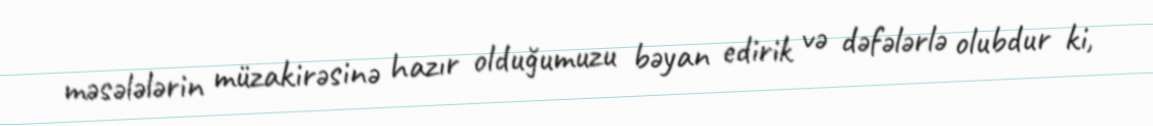
məsələlərin müzakirəsinə hazır olduğumuzu bəyan edirik və dəfələrlə olubdur ki,